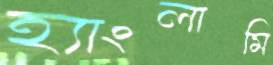
হ্যাংলামি